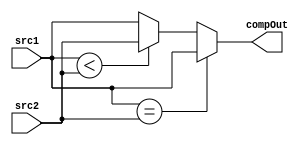
`timescale 1ns / 1ps
//////////////////////////////////////////////////////////////////////////////////
// Company: 
// Engineer: 
// 
// Design Name: 
// Module Name:    Comparator 
// Project Name: 
// Target Devices: 
// Tool versions: 
// Description: 
//
// Dependencies: 
//
// Revision: 
// Revision 0.01 - File Created
// Additional Comments: 
//
//////////////////////////////////////////////////////////////////////////////////
module Comparator( input [31:0] src1, src2,
						 output reg[31:0] compOut	
						);
 always @ (*)
   compOut = (src1 == src2)?src1:(src1 < src2)?src2:src1 ;

endmodule